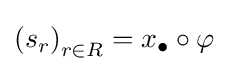
\left(s_{r}\right)_{r\in R}=x_{\bullet }\circ \varphi